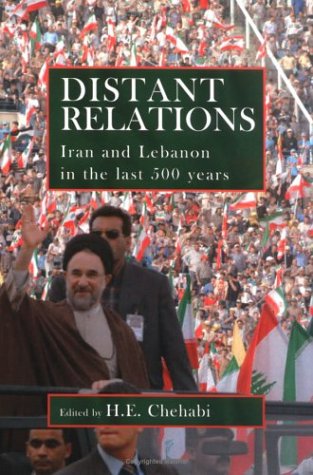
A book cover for Distant Relations: Iran and Lebanon in the Last 500 Years; History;